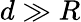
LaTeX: d\gg R